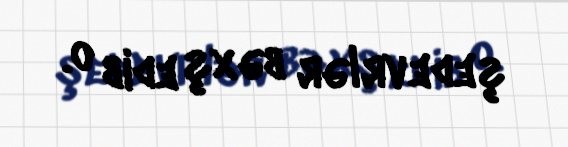
şedevrlər bəxş edib o.